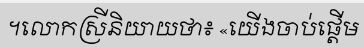
។លោកស្រីនិយាយថា៖ «យើងចាប់ផ្តើម